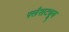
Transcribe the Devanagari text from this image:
फ्लैशट्यूब